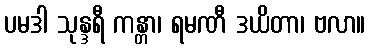
ပမဒါ သုန္ဒရီ ကန္တာ၊ ရမဏီ ဒယိတာ၊ ဗလာ။